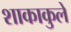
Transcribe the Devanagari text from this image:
शाकाकुले